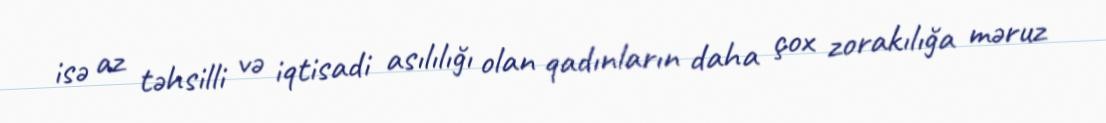
isə az təhsilli və iqtisadi asılılığı olan qadınların daha çox zorakılığa məruz